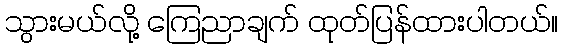
သွားမယ်လို့ ကြေညာချက် ထုတ်ပြန်ထားပါတယ်။